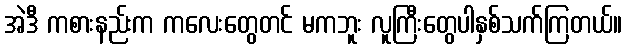
အဲဒီ ကစားနည်းက ကလေးတွေတင် မကဘူး လူကြီးတွေပါနှစ်သက်ကြတယ်။